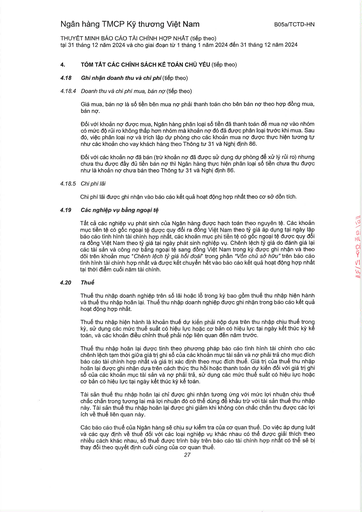
|4.|TÓM TẮT CÁC CHÍNH SÁCH KẾ TOÁN CHỦ YẾU (tiếp theo)| |---|---| |4.18|Ghi nhận doanh thu và chi phí (tiếp theo)| |4.18.4|Doanh thu và chi phí mua, bán nợ (tiếp theo)| ||Giá mua, bán nợ là số tiền bên mua nợ phải thanh toán cho bên bán nợ theo hợp đồng mua, bán nợ.| ||Đối với khoản nợ được mua, Ngân hàng phân loại số tiền đã thanh toán để mua nợ vào nhóm có mức độ rủi ro không thấp hơn nhóm mà khoản nợ đó đã được phân loại trước khi mua. Sau đó, việc phân loại nợ và trích lập dự phòng cho các khoản mua nợ được thực hiện tương tự như các khoản cho vay khách hàng theo Thông tư 31 và Nghị định 86.| ||Đối với các khoản nợ đã bán (trừ khoản nợ đã được sử dụng dự phòng để xử lý rủi ro) nhưng chưa thu được đầy đủ tiền bán nợ thì Ngân hàng thực hiện phân loại số tiền chưa thu được như là khoản nợ chưa bán theo Thông tư 31 và Nghị định 86.| |4.18.5|Chi phí lãi| ||Chi phí lãi được ghi nhận vào báo cáo kết quả hoạt động hợp nhất theo cơ sở đơn tích.| |4.19|Các nghiệp vụ bằng ngoại tệ| ||Tất cả các nghiệp vụ phát sinh của Ngân hàng được hạch toán theo nguyên tệ. Các khoản mục tiền tệ có gốc ngoại tệ được quy đổi ra đồng Việt Nam theo tỷ giá áp dụng tại ngày lập báo cáo tình hình tài chính hợp nhất, các khoản mục phi tiền tệ có gốc ngoại tệ được quy đổi ra đồng Việt Nam theo tỷ giá tại ngày phát sinh nghiệp vụ. Chênh lệch tỷ giá do đánh giá lại các tài sản và công nợ bằng ngoại tệ sang đồng Việt Nam trong kỳ được ghi nhận và theo dõi trên khoản mục "Chênh lệch tỷ giá hối đoái" trong phần "Vốn chủ sở hữu" trên báo cáo tình hình tài chính hợp nhất và được kết chuyển hết vào báo cáo kết quả hoạt động hợp nhất tại thời điểm cuối năm tài chính.| |4.20|Thuế| ||Thuế thu nhập doanh nghiệp trên số lãi hoặc lỗ trong kỳ bao gồm thuế thu nhập hiện hành và thuế thu nhập hoãn lại. Thuế thu nhập doanh nghiệp được ghi nhận trong báo cáo kết quả hoạt động hợp nhất.| ||Thuế thu nhập hiện hành là khoản thuế dự kiến phải nộp dựa trên thu nhập chịu thuế trong kỳ, sử dụng các mức thuế suất có hiệu lực hoặc cơ bản có hiệu lực tại ngày kết thúc kỳ kế toán, và các khoản điều chỉnh thuế phải nộp liên quan đến năm trước.| ||Thuế thu nhập hoãn lại được tính theo phương pháp báo cáo tình hình tài chính cho các chênh lệch tạm thời giữa giá trị ghi sổ của các khoản mục tài sản và nợ phải trả cho mục đích báo cáo tài chính hợp nhất và giá trị xác định theo mục đích thuế. Giá trị của thuế thu nhập hoãn lại được ghi nhận dựa trên cách thức thu hồi hoặc thanh toán dự kiến đối với giá trị ghi sổ của các khoản mục tài sản và nợ phải trả, sử dụng các mức thuế suất có hiệu lực hoặc cơ bản có hiệu lực tại ngày kết thúc kỳ kế toán.| ||Tài sản thuế thu nhập hoãn lại chỉ được ghi nhận tương ứng với mức lợi nhuận chịu thuế chắc chắn trong tương lai mà lợi nhuận đó có thể dùng để khấu trừ với tài sản thuế thu nhập này. Tài sản thuế thu nhập hoãn lại được ghi giảm khi không còn chắc chắn thu được các lợi ích về thuế liên quan này.| ||Các báo cáo thuế của Ngân hàng sẽ chịu sự kiểm tra của cơ quan thuế. Do việc áp dụng luật và các quy định về thuế đối với các loại nghiệp vụ khác nhau có thể được giải thích theo nhiều cách khác nhau, số thuế được trình bày trên báo cáo tài chính hợp nhất có thể sẽ bị thay đổi theo quyết định cuối cùng của cơ quan thuế.|